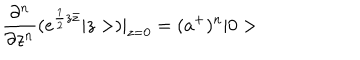
\frac { \partial ^ { n } } { \partial z ^ { n } } ( e ^ { \frac { 1 } { 2 } z \bar { z } } | z > ) | _ { z = 0 } = ( a ^ { + } ) ^ { n } | 0 >